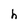
Character: h